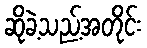
ဆိုခဲ့သည့်အတိုင်း